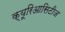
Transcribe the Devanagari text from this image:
क्यूरिआसिटीज